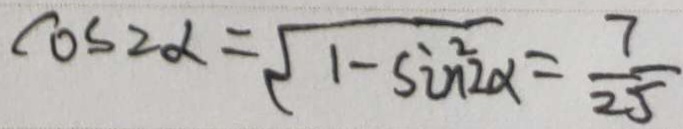
\cos 2 \alpha = \sqrt { 1 - \sin ^ { 2 } \alpha } = \frac { 7 } { 2 5 }